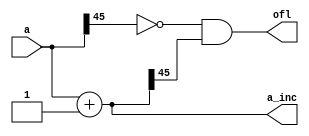
// ========== Copyright Header Begin ==========================================
// 
// OpenSPARC T1 Processor File: sparc_ifu_incr46.v
// Copyright (c) 2006 Sun Microsystems, Inc.  All Rights Reserved.
// DO NOT ALTER OR REMOVE COPYRIGHT NOTICES.
// 
// The above named program is free software; you can redistribute it and/or
// modify it under the terms of the GNU General Public
// License version 2 as published by the Free Software Foundation.
// 
// The above named program is distributed in the hope that it will be 
// useful, but WITHOUT ANY WARRANTY; without even the implied warranty of
// MERCHANTABILITY or FITNESS FOR A PARTICULAR PURPOSE.  See the GNU
// General Public License for more details.
// 
// You should have received a copy of the GNU General Public
// License along with this work; if not, write to the Free Software
// Foundation, Inc., 51 Franklin St, Fifth Floor, Boston, MA 02110-1301, USA.
// 
// ========== Copyright Header End ============================================
////////////////////////////////////////////////////////////////////////
/*
//  Description:	
//  Contains the pc incrementer.
*/

module sparc_ifu_incr46(a, a_inc, ofl);
   input  [45:0]  a;
   output [45:0]  a_inc;
   output 	  ofl;
   
   reg [45:0] 	  a_inc;
   reg 		  ofl;
   
   always @ (a)
     begin
	      a_inc = a + (46'b1);
	      ofl = (~a[45]) & a_inc[45];
     end
   
   
   
endmodule // sparc_ifu_incr46